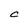
Character: C